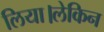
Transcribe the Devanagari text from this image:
लिया।लेकिन